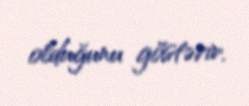
olduğunu göstərir.